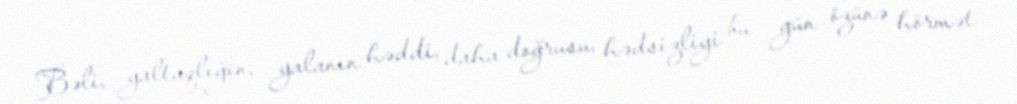
Bəli, yaltaqlığın, yalanın həddi, daha doğrusu, hədsizliyi bu gün özünə hörmət